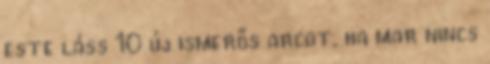
este láss 10 új ismerős arcot, ha mar nincs